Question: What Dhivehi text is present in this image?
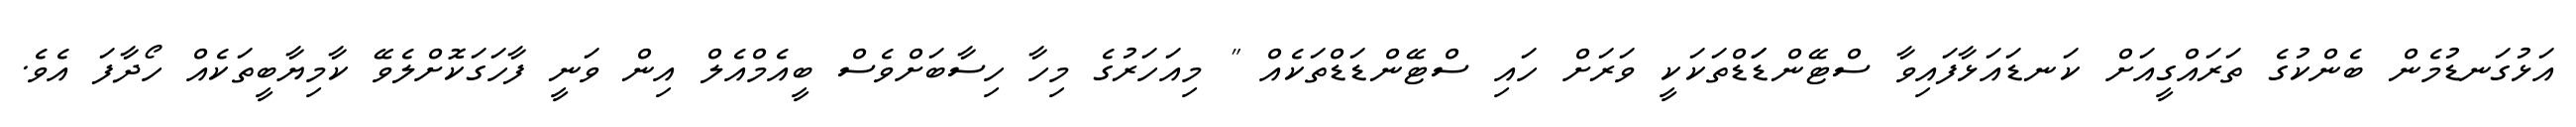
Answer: އަޅުގަނޑުމެން ބެންކުގެ ތަރައްގީއަށް ކަނޑައަޅާފައިވާ ސްޓޭންޑަަޑްތަކަކީ ވަރަށް ހައި ސްޓޭންޑަޑްތަކެއް " މިއަހަރުގެ މިހާ ހިސާބަށްވެސް ބީއެމްއެލް އިން ވަނީ ފާހަގަކޮށްލެވޭ ކާމިޔާބީތަކެއް ހޯދާފަ އެވެ.